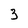
Character: 3